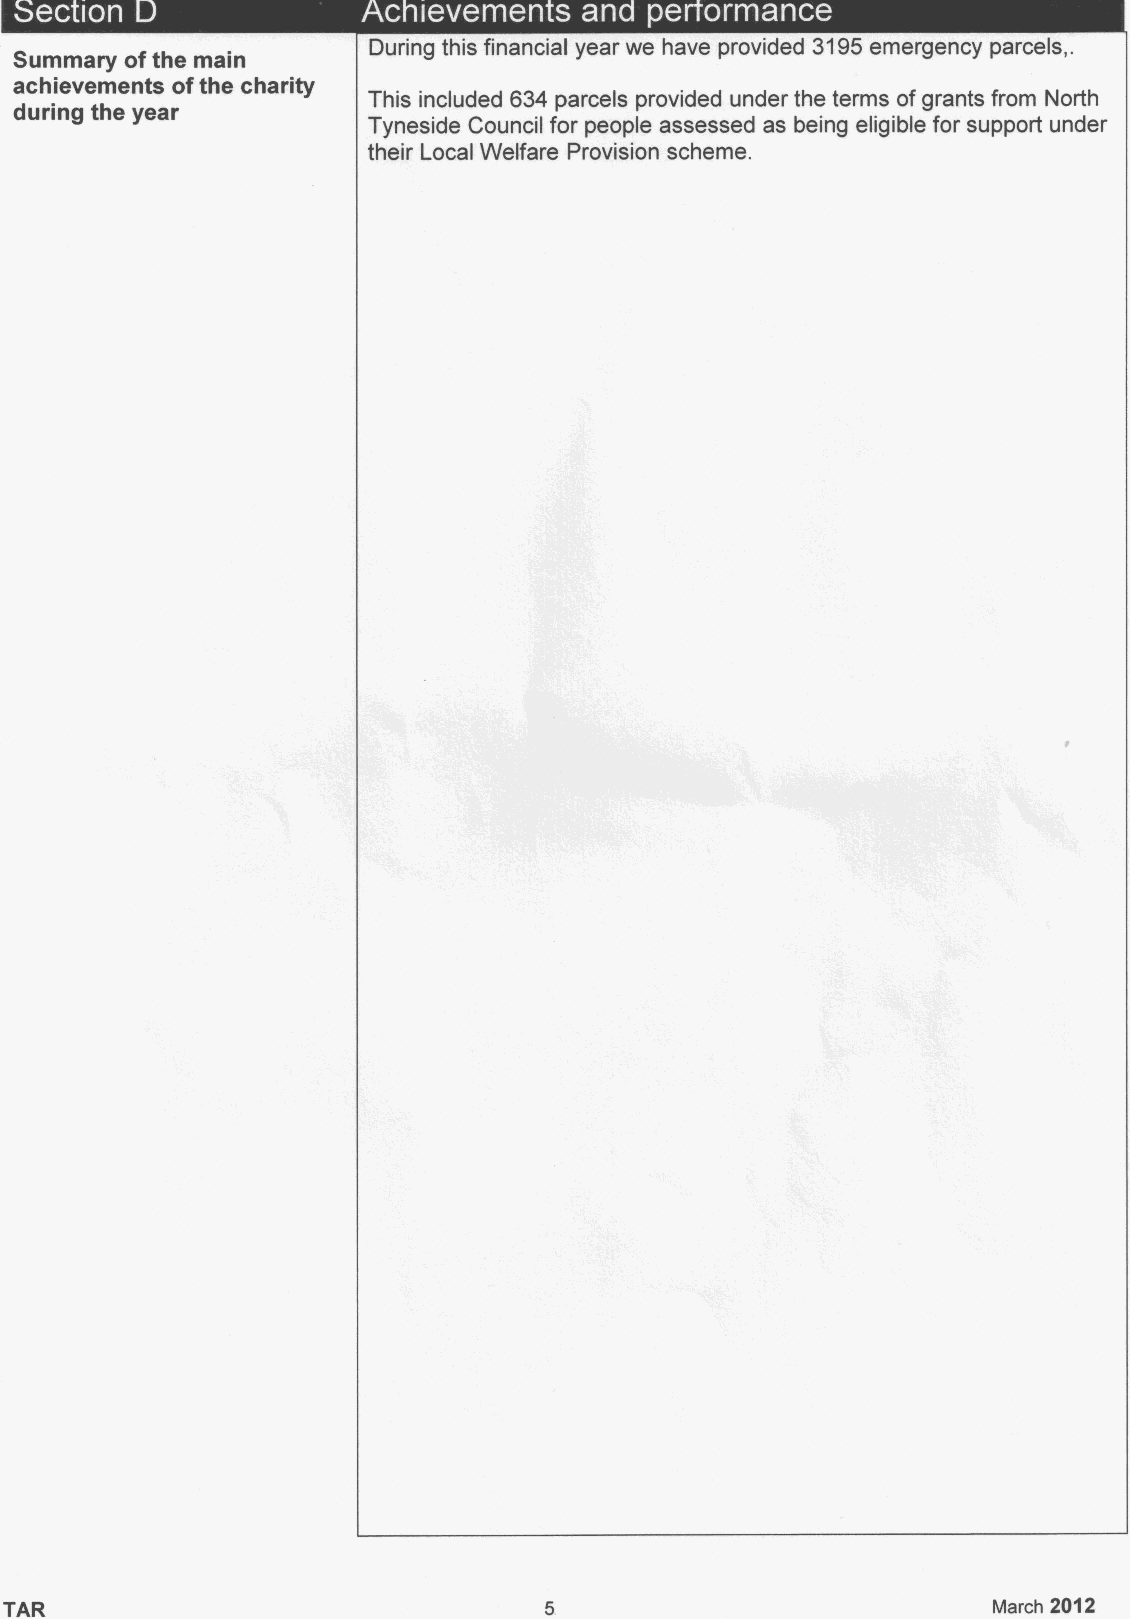
~  ~                             r ~ ~   ~
 During this financial year we have provided 3195emergency parcels, .
 Summary ofthe main
 achievements ofthe charity
 This included 634 parcels provided under the terms ofgrants from North
 during the year
 Tyneside Council for people assessed as being eligible for support under
 their Local Welfare Provision scheme.
 TAR                                                               March 2012